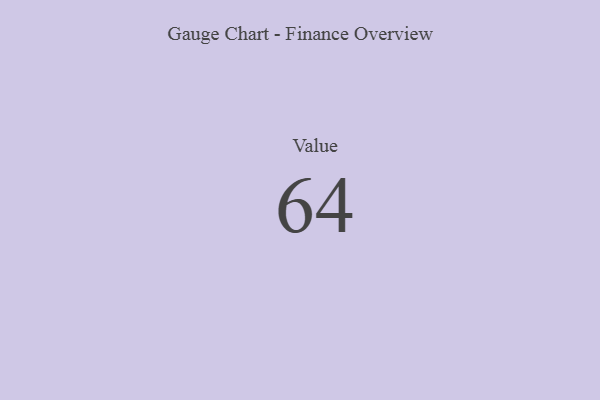
{"axis": {"x": "Metric", "y": "Value"}, "legend": [""], "data": [{"x": "Value", "y": 64, "type": ""}]}